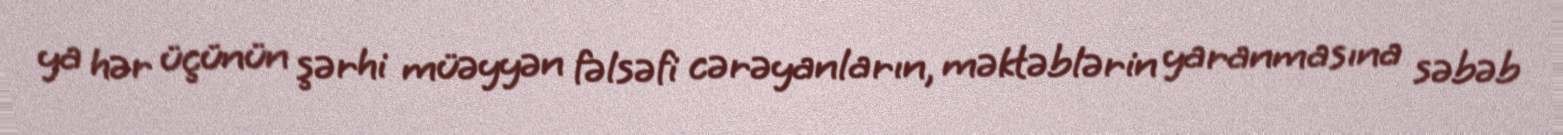
ya hər üçünün şərhi müəyyən fəlsəfi cərəyanların, məktəblərin yaranmasına səbəb